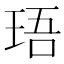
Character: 珸